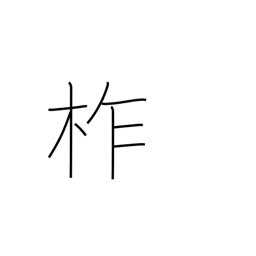
Meaning: type of oak